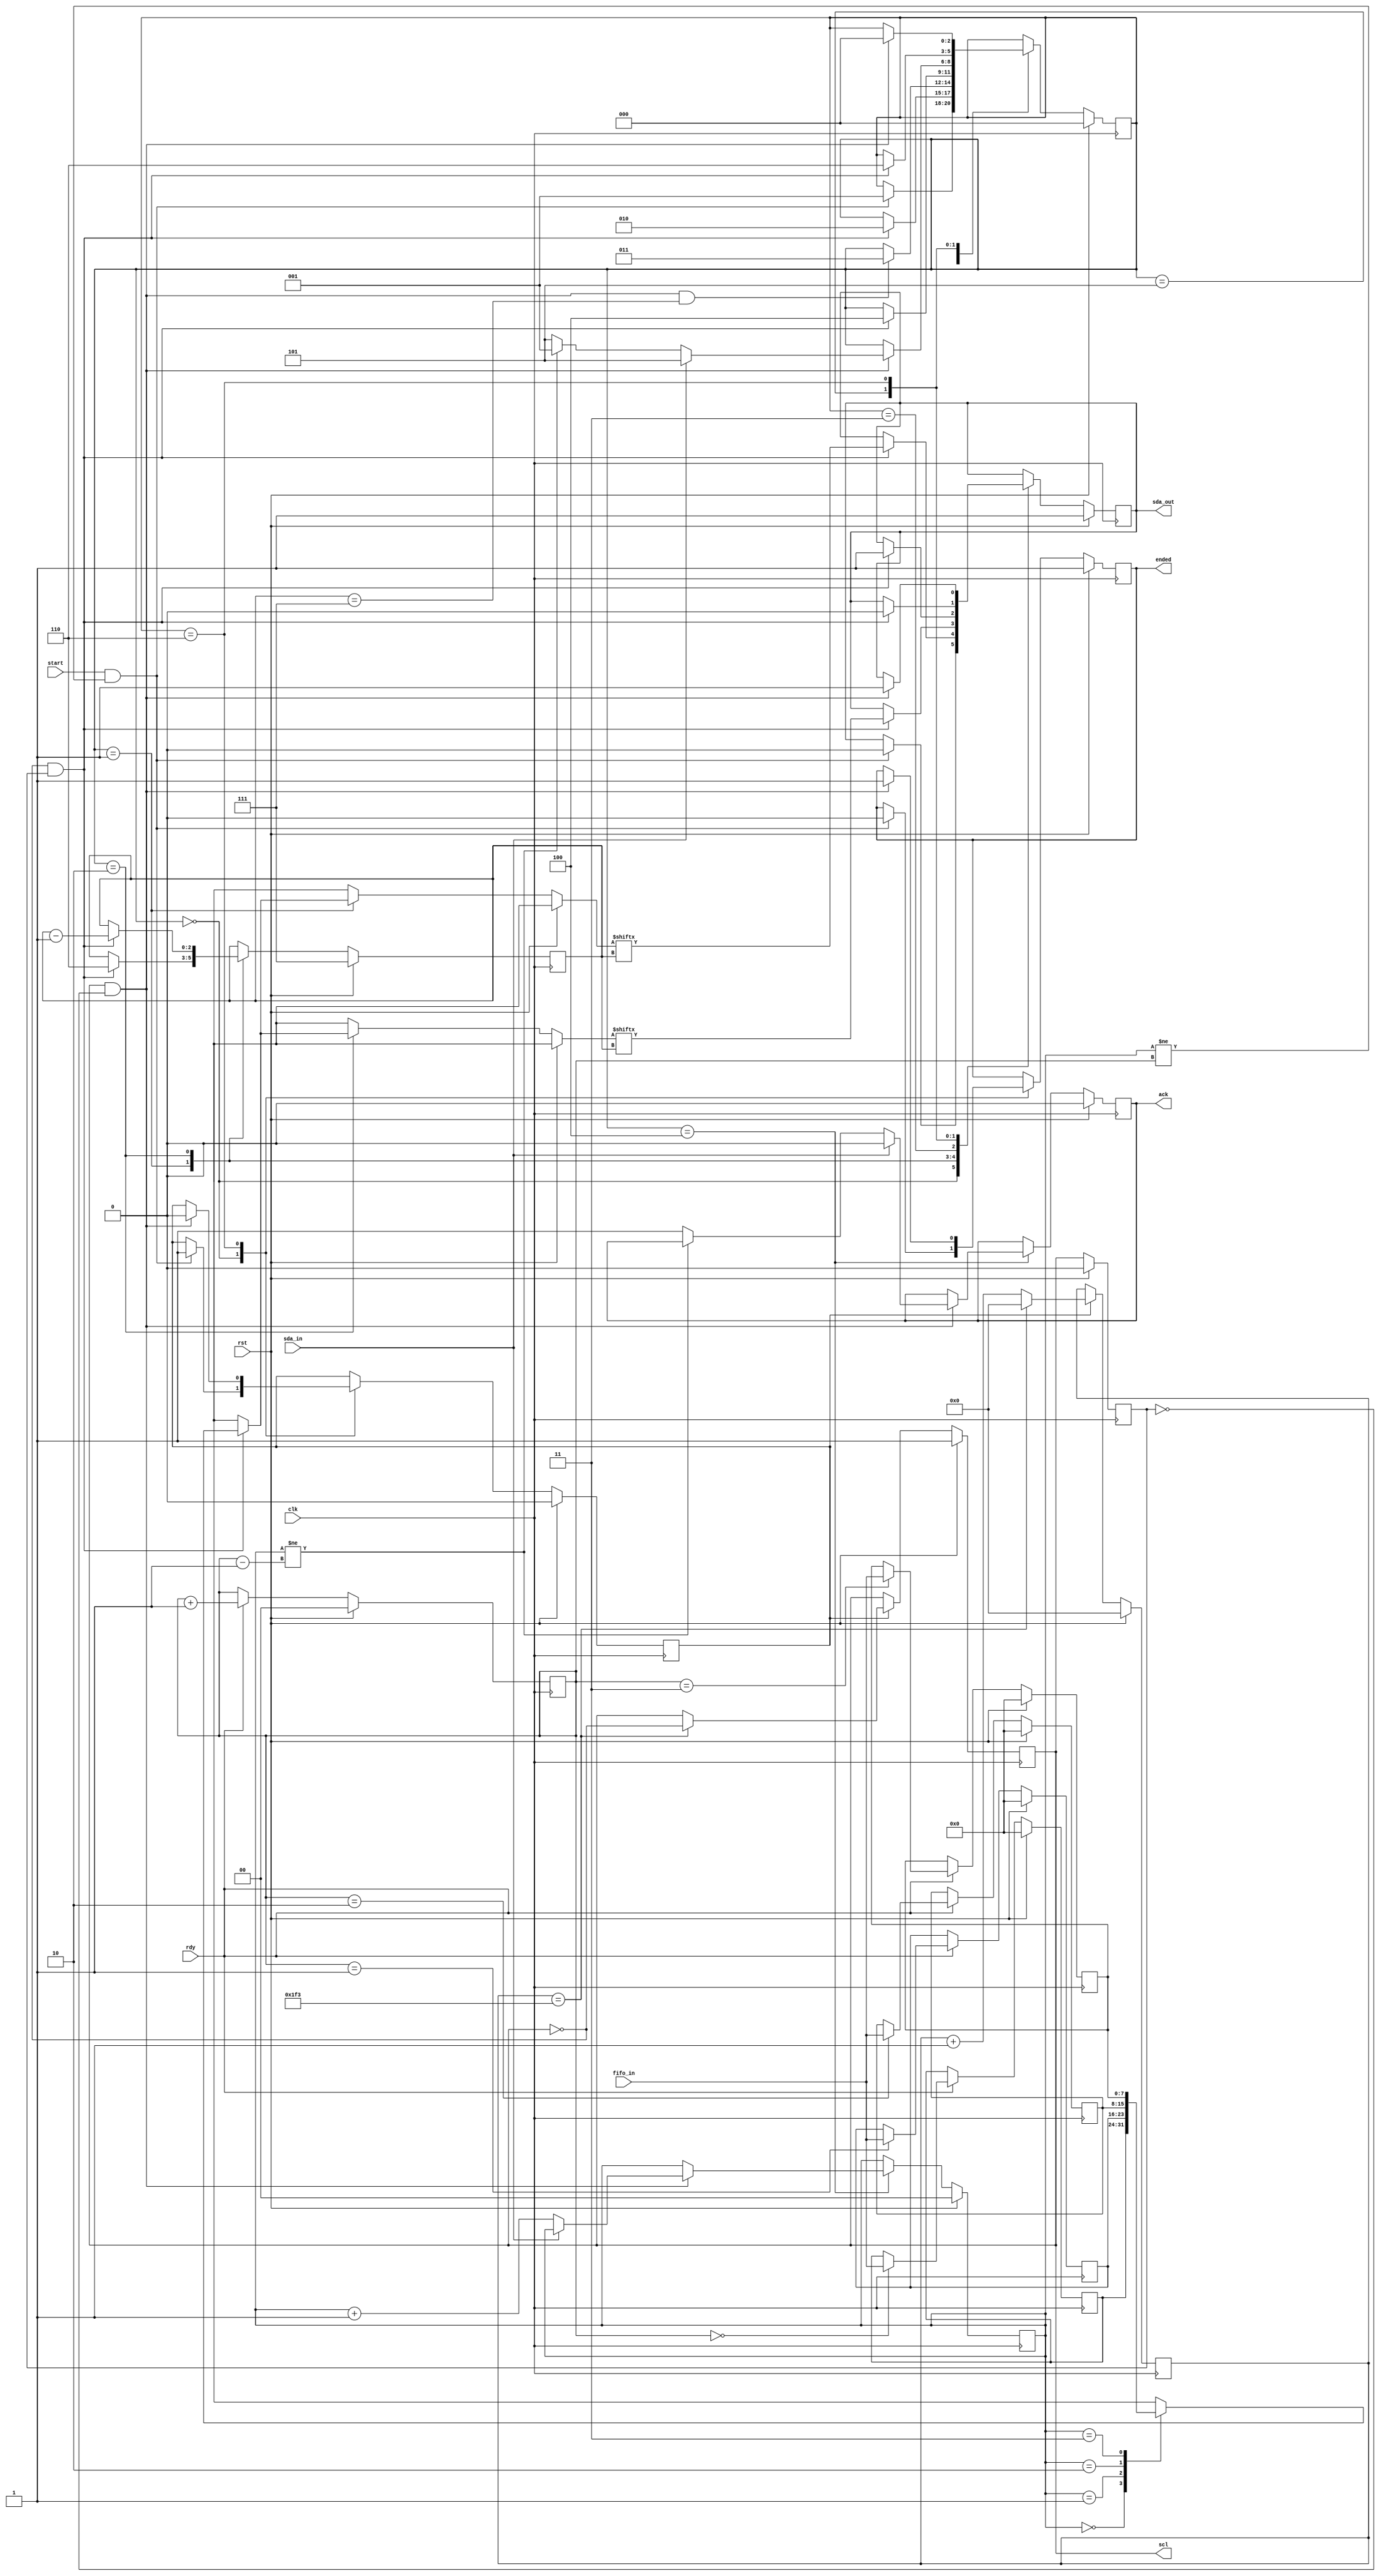
/*
*
*   This is a simple I2C masters that only writes to slaves devices.
*   It can't read and also it's not allowed a multimaster solution.
*
*   Internal interface:
*
*   input fifo_in[7:0]
*   input data_rdy
*
*   input start
*   output ended
*   output ack
*
*   I2C bus interface:
*
*   output sda_out
*   input sda_in
*   output SCL
*
*   Behaviour:
*
*   When data_rdy is HIGH, the controller save fifo_in byte in an internal
*   fifo. Fifo full error is not checked ( correct fifo sizing is part of
*   designer work). An internal fifo_write_direction pointer is increased in each
*   data input.
*   When START bit is raised, an start bit is generated, and the fifo bytes are
*   written in I2C bus, waiting for an ack after each byte. When the internal
*   fifo_read_direction pointer reaches the write_direction_pointer the stop
*   bit is writen on the bus and ENDED bit and ACK bit are asserted HIGH during one clock.
*
*   Fifo data could be writen after START bit is asserted, and this bytes will
*   be part of the same message without an stop bit in the middle. If you want
*   to start a new message after an stop bit you must wait to END bit being
*   asserted.
*
*   Restart condition is not implemented.
*
*   Slave address and R/W bit is part of the bytes message writen on the fifo
*   and not supervised by this simple controller.
*
*   If a NOT ACK is received in the middle of the message, ENDED bit will be
*   asserted HIGH and ACK bit will be asserted low during one clock. */

`timescale 1ns/1ps

module i2c #(
    parameter I2C_CLOCK_DIVIDER = 1000,
    parameter FIFO_LENGTH = 4 //,

)(
    input clk,
    input rst,

    input wire [7:0] fifo_in,
    input wire rdy,

    input wire start,
    output reg ended,
    output reg ack,

    output reg sda_out,
    input sda_in,
    output reg scl
);


/* fifo and fifo pointers */
reg [7:0] fifo [0:FIFO_LENGTH-1];

localparam POINTER_WIDTH = $clog2(FIFO_LENGTH);
reg [POINTER_WIDTH-1:0] read_pointer;
reg [POINTER_WIDTH-1:0] write_pointer;

/* bit pointer */
reg [2:0] nbit;

/* state machine parameters and register */
localparam ST_IDDLE = 0;
localparam ST_START = 1;
localparam ST_BYTE = 2;
localparam ST_WAITING_ACK = 3;
localparam ST_CHECKING_ACK = 4;
localparam ST_PREPAIRING_STOP = 5;
localparam ST_ASSERTING_STOP = 6;
localparam  ST_OK_MESSAGE = 7;
localparam  ST_ERROR_MESSAGE = 8;

localparam ST_NUMBER = 9;
localparam ST_WIDTH = $clog2( ST_NUMBER-1 );

reg [ST_WIDTH-1:0] state;

/* Timing definitions, and timing counter */
// localparam MAX_WAITING_TIME_NS = 4700;
// localparam MAX_COUNT = $rtoi( $ceil( $itor( MAX_WAITING_TIME_NS ) / CLOCK_ns ) );
// localparam COUNTER_WIDTH = $clog2( MAX_COUNT );
//
// localparam START_THOLD_TIME = 4000;
// localparam STOP_TSETUP_TIME = 4000;
// localparam STOP_THOLD_TIME = 4000;

//localparam START_THOLD_COUNT = $rtoi( $ceil( $itor( START_THOLD_TIME ) / CLOCK_ns ) );

/* Clock generation*/
localparam MAX_CLOCK_DIVISOR_COUNT = I2C_CLOCK_DIVIDER/2;
localparam CLOCK_DIVISOR_COUNTER_WIDTH = $clog2( MAX_CLOCK_DIVISOR_COUNT );
reg clock_enable;
reg [CLOCK_DIVISOR_COUNTER_WIDTH-1:0] clock_divisor_counter;
reg scl_d;

/* Counters and clock division logic logic */
always @( posedge clk ) begin
    if( rst ) begin
        clock_divisor_counter <= { CLOCK_DIVISOR_COUNTER_WIDTH {1'b0} };
        scl <= 1'b1;
        scl_d <= 1'b0;
    end else begin
        scl_d <= scl;
        if( clock_enable ) begin
            clock_divisor_counter <= clock_divisor_counter + { { (CLOCK_DIVISOR_COUNTER_WIDTH-1) {1'b0} }, 1'b1 };
            if( clock_divisor_counter == ( MAX_CLOCK_DIVISOR_COUNT-1 )  ) begin
                scl <= ~scl;
                clock_divisor_counter <= { CLOCK_DIVISOR_COUNTER_WIDTH {1'b0} };
            end
        end
    end
end

/* Fifo save logic */

always @( posedge clk ) begin
    if( rst ) begin
        write_pointer <= { (POINTER_WIDTH-1) {1'b0} };
    end else begin
        if ( rdy ) begin
            write_pointer <= write_pointer + { { (POINTER_WIDTH-1) {1'b0} }, 1'b1 };
        end
    end
end

genvar i;
generate
for( i=0; i<FIFO_LENGTH; i = i+1 ) begin: fifo_register
    always @( posedge clk ) begin
        if( rst ) begin
            fifo[i] <= 8'b0;
        end else begin
            if ( rdy ) begin
                // fifo registers are writen in a fully associative way
                if( write_pointer == i ) begin
                    fifo[i] = fifo_in;
                end
            end
        end
    end
end
endgenerate


reg scl_negedge;
reg scl_posedge;
always @* scl_negedge <= ~scl & scl_d;
always @* scl_posedge <= scl & ~scl_d;

/* I2C Master state machine */
always @( posedge clk ) begin
    if( rst ) begin
        sda_out <= 1'b1;
        ended <= 1'b1;
        read_pointer <= { POINTER_WIDTH { 1'b0 } };
        nbit <= 3'd7;
        clock_enable <= 1'b0;
        state <= ST_IDDLE;
        ack <= 1'b0;
    end else begin

        // sending state machine logic
        case( state )

            ST_IDDLE:
            begin
                if( start && read_pointer != write_pointer ) begin
                    state <= ST_START;
                    sda_out <= 1'b0;
                    clock_enable <= 1'b1;
                    ended <= 1'b0;
                end
            end

            ST_START:
            begin
                if( scl_negedge ) begin
                    sda_out <= fifo[read_pointer][nbit];
                    nbit <= 3'd6;
                    state <= ST_BYTE;
                end
            end

            ST_BYTE:
            begin
                // Wait half the clock low time to change sda, in order to don't have setup or hold time problems.
                if( scl_negedge ) begin
                    sda_out <= fifo[read_pointer][nbit];
                    nbit <= nbit - 3'b1;
                end

                if( scl_posedge && ( nbit == 3'd7 ) ) begin
                    state <= ST_WAITING_ACK;
                end
            end

            ST_WAITING_ACK:
            begin
                if( scl_negedge ) begin
                    state <= ST_CHECKING_ACK;
                    sda_out <= 1'b1;
                end
            end

            ST_CHECKING_ACK:
            begin
                if( scl_posedge ) begin
                    if( !sda_in ) begin // acked
                        read_pointer <= read_pointer + { { (POINTER_WIDTH-1) {1'b0} }, 1'b1 };
                        if( read_pointer != (write_pointer - { { (POINTER_WIDTH-1) {1'b0} }, 1'b1 } ) ) begin // more bytes to send
                            state <= ST_START;
                        end else begin // all bytes already sent
                            state <= ST_PREPAIRING_STOP;
                            ack <= 1'b1;
                        end
                    end else begin  // not acked
                        state <= ST_PREPAIRING_STOP;
                        ack <= 1'b0;
                    end
                end
            end

            ST_PREPAIRING_STOP:
            begin
                if( scl_negedge ) begin
                    sda_out <= 1'b0;
                    state <= ST_ASSERTING_STOP;
                end
            end

            ST_ASSERTING_STOP:
            begin
                if( scl_posedge ) begin
                    sda_out <= 1'b1;
                    clock_enable <= 1'b0;
                    state <= ST_IDDLE;
                    ended <= 1'b1;
                end
            end
        endcase
    end
end

`ifdef COCOTB_SIM
initial begin
  $dumpfile ("waveform.vcd");
  $dumpvars (0,i2c);
  #1;
end
`endif

endmodule